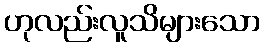
ဟုလည်းလူသိများသော